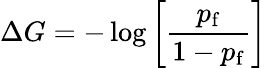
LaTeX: \Delta G=-\log\left[\frac{p_{\mathrm{f}}}{1-p_{\mathrm{f}}}\right]